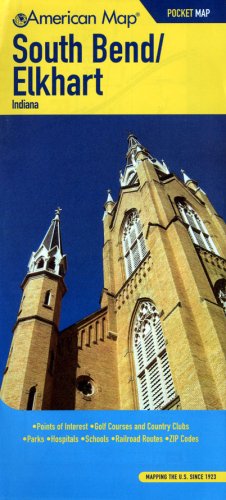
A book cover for American Map South Bend Elkhart, in Pocket Map; Travel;